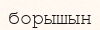
борышын